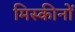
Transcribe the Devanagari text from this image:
मिस्कीनों